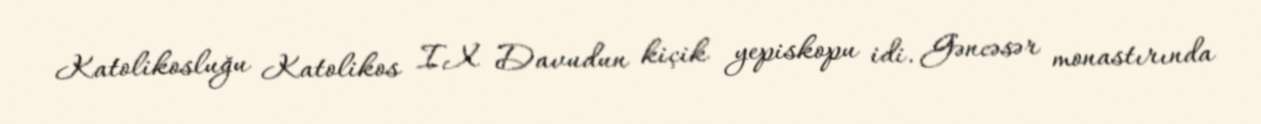
Katolikosluğu Katolikos IX Davudun kiçik yepiskopu idi. Gəncəsər monastırında